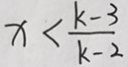
x < \frac { k - 3 } { k - 2 }